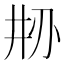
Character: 刱